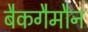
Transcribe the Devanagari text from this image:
बैकगैमौन